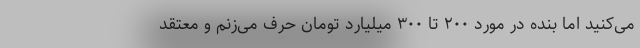
می‌کنید اما بنده در مورد ۲۰۰ تا ۳۰۰ میلیارد تومان حرف می‌زنم و معتقد